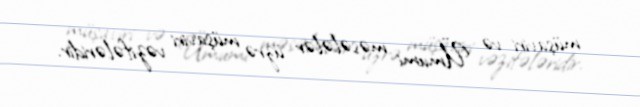
müşaviri və Ümumi məsələlər üzrə müşaviri vəzifələridir.